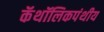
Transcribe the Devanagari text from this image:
कॅथॉलिकपंथीय